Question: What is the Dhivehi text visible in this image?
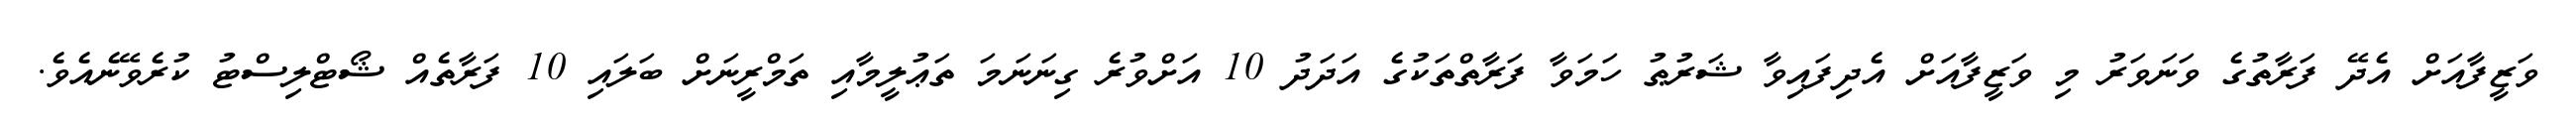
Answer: ވަޒީފާއަށް އެދޭ ފަރާތުގެ ވަނަވަރު މި ވަޒީފާއަށް އެދިފައިވާ ޝަރުޠު ހަމަވާ ފަރާތްތަކުގެ އަދަދު 10 އަށްވުރެ ގިނަނަމަ ތަޢުލީމާއި ތަމްރީނަށް ބަލައި 10 ފަރާތެއް ޝޯޓްލިސްޓު ކުރެވޭނެއެވެ.